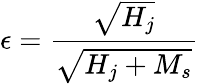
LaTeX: \epsilon=\frac{\sqrt{H_{j}}}{\sqrt{H_{j}+M_{s}}}